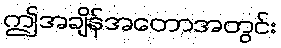
ဤအချိန်အတောအတွင်း